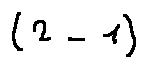
( 2 - 1 )